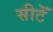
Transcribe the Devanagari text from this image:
सीटेँ